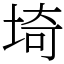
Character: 埼